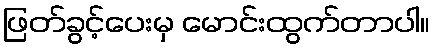
ဖြတ်ခွင့်ပေးမှ မောင်းထွက်တာပါ။